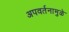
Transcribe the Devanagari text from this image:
अपवर्तनामुळे